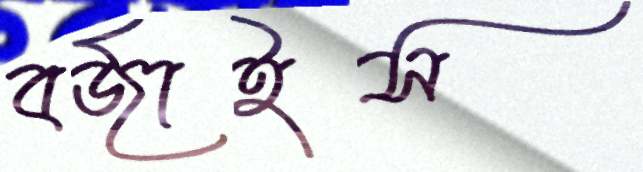
বর্জাইস